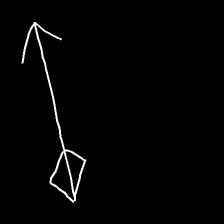
Glyph: focus